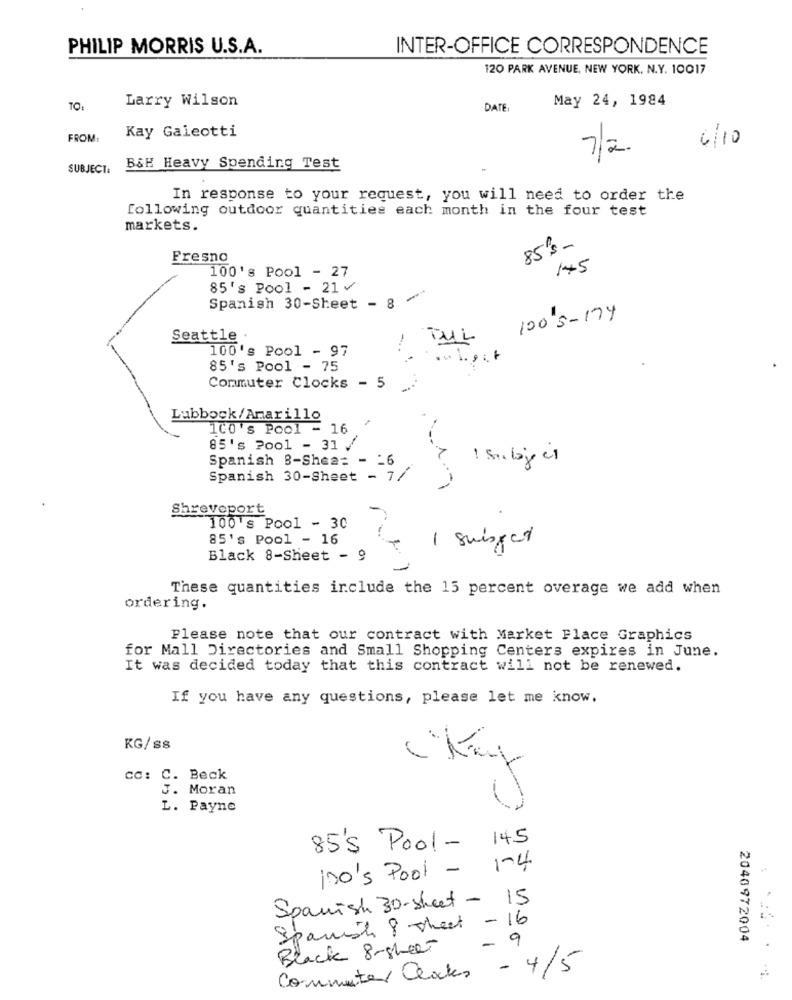
PHILIP MORRIS U.S.A.
INTER-OFFICE CORRESPONDENCE
120 PARK AVENUE, NEW YORK, N.Y. 10017
Larry Wilson
May 24, 1984
DATE :
Kay Galeotti
FROM:
6/10
7/2
SUBJECT:
B&H Heavy Spending Test
In response to your request, you will need to order the
following outdoor quantities each month in the four test
markets.
85's-
Fresno
100's Pool - 27
145
85's Pool - 21v
Spanish 30-Sheet - 8
100 3-174
Seattle
FUL
100's Pool - 97
85's Pool - 75
Commuter Clocks - 5
Lubbock/Amarillo
1CO's Pool - 16
85's ?001 - 31 /
Spanish B-Shea= - = 6
-
Spanish 30-Sheet - 7/
Shreveport
100's Pool - 30
85's Pool - 16
1 suisped
Black 8-Sheet - 9
These quantities include the 15 percent overage we add when
ordering.
Please note that our contract with Market Place Graphics
for Mall Directories and Small Shopping Centers expires in June.
It was decided today that this contract will not be renewed.
If you have any questions, please let me know.
KG/ss
cc: C. Beck
J. Moran
( Kay
L. Payne
85's Pool - 145
100's Pool - 1-4
Spanish 30-sheet - 15
Spanish 8 hect - 16
9
2040972004
Black 8-sheet
-
- 4/5
Computer alates